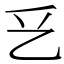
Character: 乥